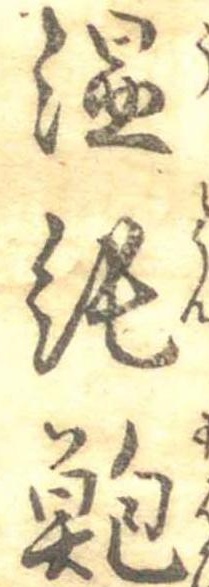
温飩鮑